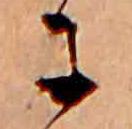
に